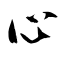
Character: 心